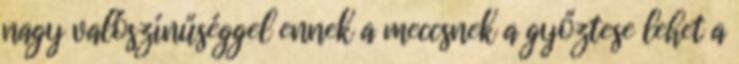
nagy valószínűséggel ennek a meccsnek a győztese lehet a